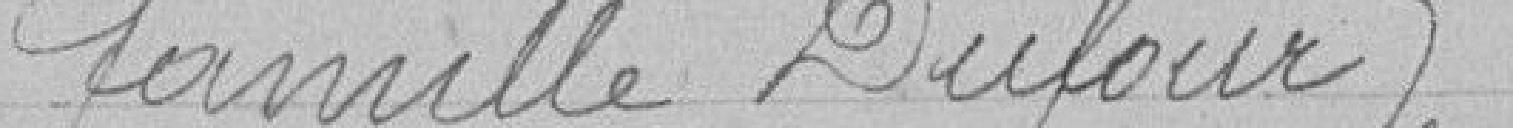
famille Dufour